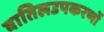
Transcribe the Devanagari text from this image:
वातिलउपकरणों